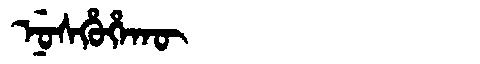
Manchu: ᠨᡠᠰᡥᡠᡥᠠᡴᡡ
Romanization: NUSHUHAKŪ